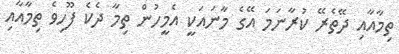
ތިމާއާއި ދޭތެރޭ ކުރާނަމަ އޭގެ މާނައަކީ އެމީހުން ތިމާ ދެކެ ފޫހިވެ ތިމާއާއި